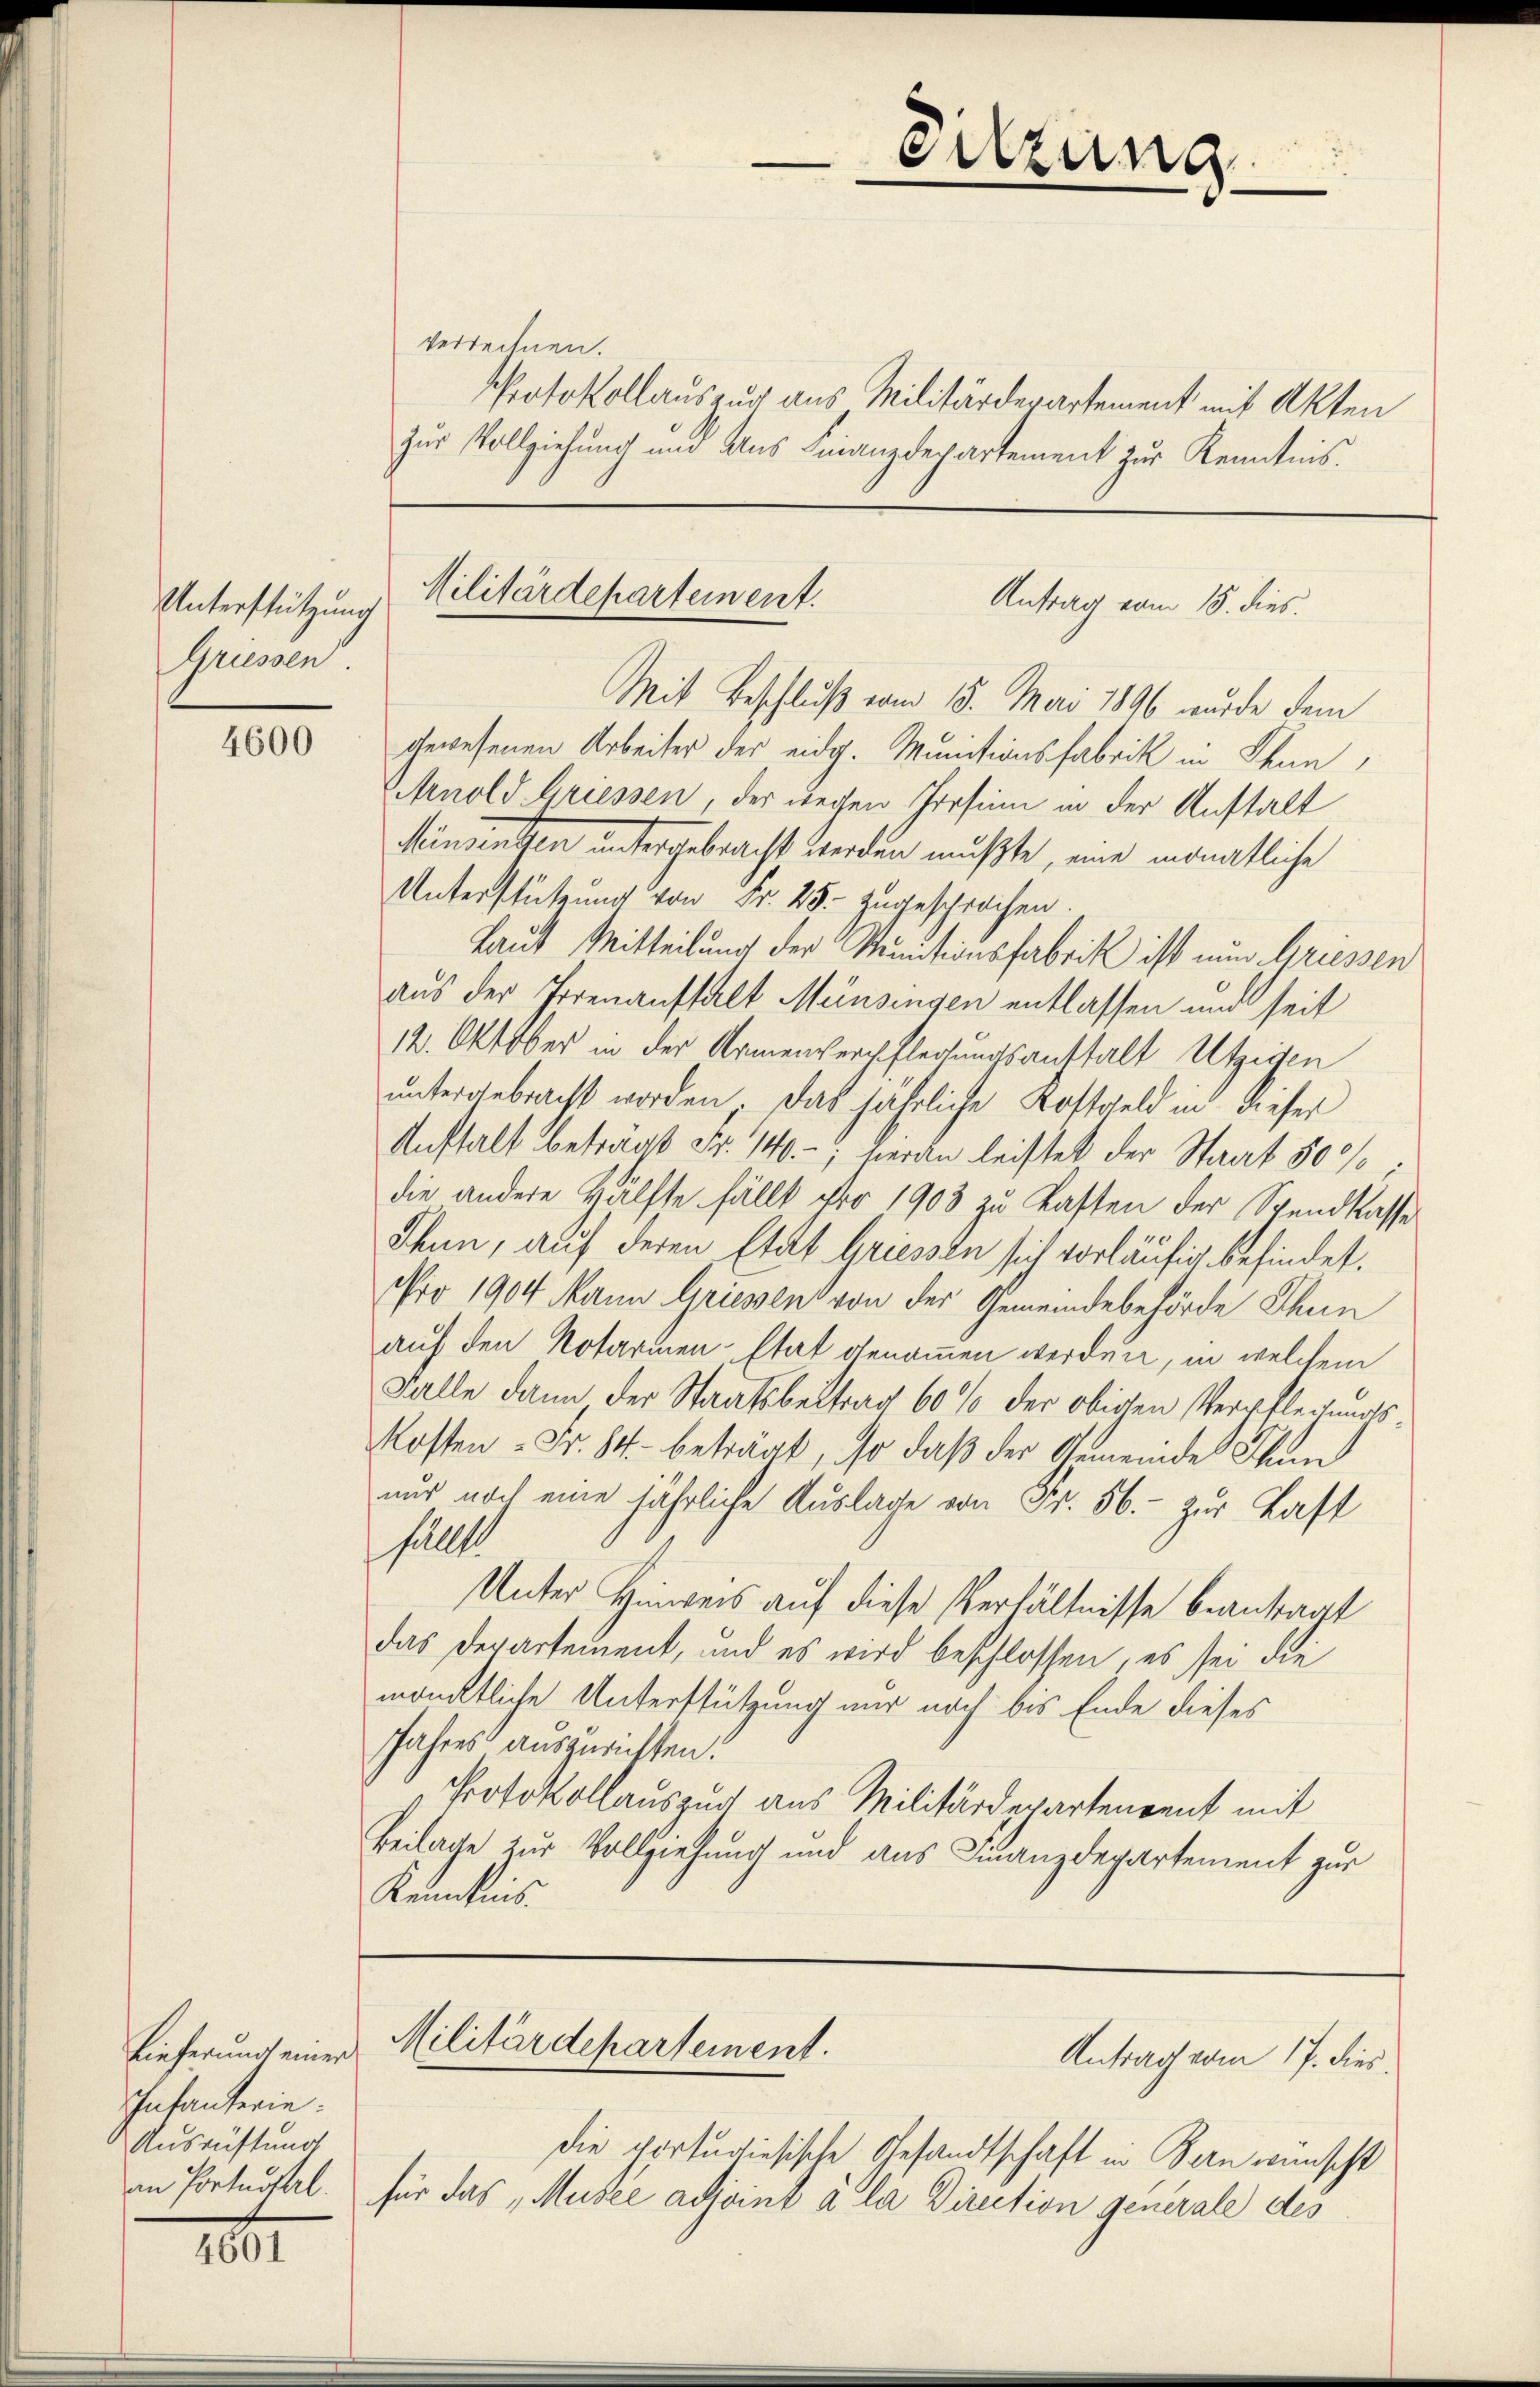
Unterstützung
Grüssen.

4601

4600

Lieferung einer
Infanterie.
Ausrüstung

verrechnen.
Protokollauszug aus Militärdepartement mit Akten
zur Vollziehung und Aus Finanzdepartement zur Kenntnis.

Mit Beschluß vom 15. Mai 1896 wurde dem
gewesenen Arbeiter der eidg. Munitionsfabrik in Thun
Arnold Griessen, der wegen Persinn in der Anstalt
sändenten untergebracht werden mußte, eine monatliche
Unterstützung von Fr. 25. zugesprochen.
Laut Mitteilung der Minitionsfabrik ist nun Griessen
aus der Irrenaufhalt Münzengen entlassen und seit
12. Oktober in der Armenverpflegungsanstalt Utzigen
untergebracht worden, das jährliche Kostgeld in dieser
Aufhalt beträgt Fr. 140.-; heran leistet der Staat 500/
die andere Hälfte fällt pro 1903 zu Kasten der Spandkasse
Thun, auf deren Etat Griessen sich vorläufig befindet.
Nro 1904 Mann Griessen von der Gemeindebehörde Thun
auf den Notarien-Etat genommen werden, in welchem
Falle dann der Staatsbeitrag 60 % der obigen Verpflegungs¬
Kosten - Fr. 84. beträgt, so daß der Gemeinde Thun
nur noch eine jährliche Auslage von Fr. 56. - zur Last
fällt
Unter Hinweis auf diese Verhältnisse beantragt
das Departement, und es wird beschlossen, es sei die
mäncktliche Unterstützung nur noch bis Ende dieses
Jahres auszurichten.
Protokollauszug aus Militärdepartenvent mit
Beilage zur Vollziehung und aus Finanzdepartement zur
Kenntnis

Sitzung

Militärdepartement.
Antrag vom 18. dies

die vortugisische Gesandtschaft in Bern wünscht
an Portugal. für das „Musee adjoint à la Direction generale des

Militärdepartement.
Antrag vom 17. dies